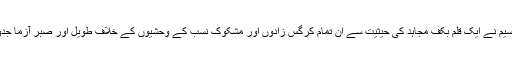
سلطان جمیل نسیم نے ایک قلم بکف مجاہد کی حیثیت سے ان تمام کرگس زادوں اور مشکوک نسب کے وحشیوں کے خلاف طویل اور صبر آزما جدو جہد کی ہے۔